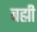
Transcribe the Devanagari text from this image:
बह्मी